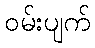
ဝမ်းပျက်